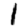
Digit: 1